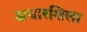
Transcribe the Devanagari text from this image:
अधारशिला